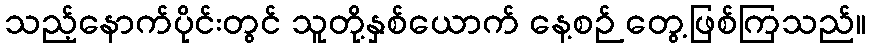
သည့်နောက်ပိုင်းတွင် သူတို့နှစ်ယောက် နေ့စဉ် တွေ့ဖြစ်ကြသည်။